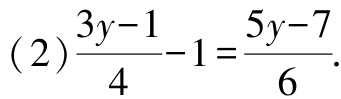
(2)$\frac{3y - 1}{4}-1=\frac{5y - 7}{6}$.